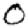
Digit: 0